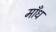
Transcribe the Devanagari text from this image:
माँध